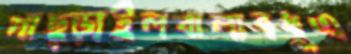
পাছ্‌ড়াইলবাল্যবধূএ